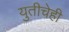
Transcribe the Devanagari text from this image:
युतीचेही